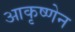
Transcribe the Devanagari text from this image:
आकृष्णेन